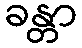
ခန္တာ